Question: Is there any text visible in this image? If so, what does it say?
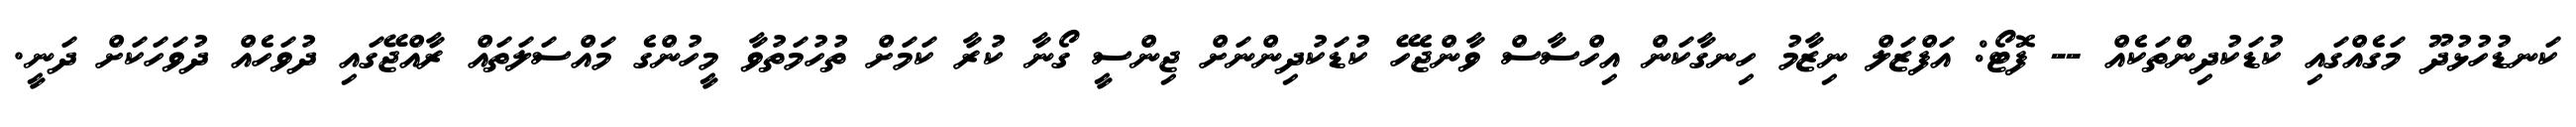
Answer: ކަނޑުހުޅުދޫ މަގެއްގައި ކުޑަކުދިންތަކެއް -- ފޮޓޯ: އަފްޒަލް ނިޒާމު ހިނގާކަން އިހްސާސް ވާންޖެހޭ ކުޑަކުދިންނަށް ޖިންސީ ގޯނާ ކުރާ ކަމަށް ތުހުމަތުވާ މީހުންގެ މައްސަލަތައް ރާއްޖޭގައި ދުވަހެއް ދުވަހަކަށް ދަނީ.